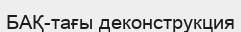
БАҚ-тағы деконструкция